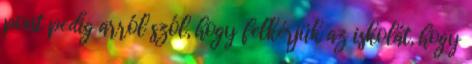
pont pedig arról szól, hogy felkérjük az iskolát, hogy